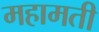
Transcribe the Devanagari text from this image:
महामती